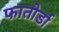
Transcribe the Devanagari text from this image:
फातोर्डा